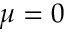
\mu = 0